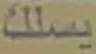
يسلك